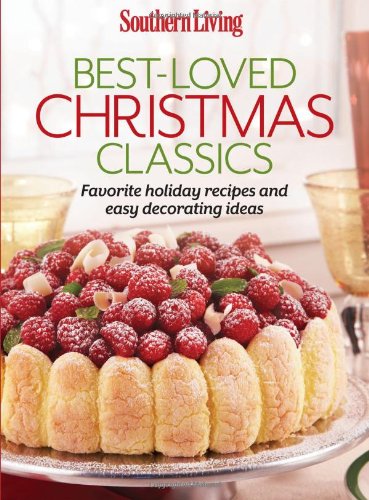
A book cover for Southern Living Best-Loved Christmas Classics: Favorite holiday recipes and easy decorating ideas (Southern Living (Paperback Oxmoor)); The Editors of Southern Living Magazine; Cookbooks, Food & Wine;